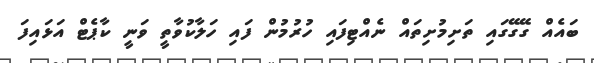
ބައެއް ގޭގޭގައި ތަށިމުށިތައް ނެއްޓިފައި ހުރުމުން ފައި ހަލާކުވާތީ ވަނީ ކާޕެޓް އަޅައިފަ